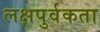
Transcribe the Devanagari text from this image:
लक्षपुर्वकता